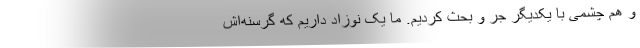
و هم چشمی با یکدیگر جر و بحث کردیم. ما یک نوزاد داریم که گرسنه‌اش